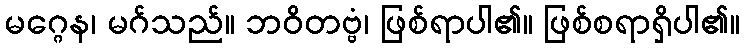
မဂ္ဂေန၊ မဂ်သည်။ ဘဝိတဗ္ဗံ၊ ဖြစ်ရာပါ၏။ ဖြစ်စရာရှိပါ၏။